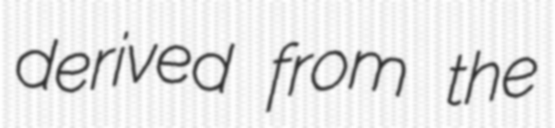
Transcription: derived from the